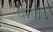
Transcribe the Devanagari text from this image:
बाधले